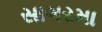
સાગરમા